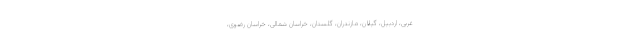
غربی، اردبیل، گیلان، مازندران، گلستان، خراسان شمالی، خراسان رضوی،